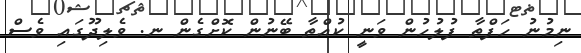
ނިމުނު ހަފްތާ ފުލުހުން ވަނީ ކުއްތާ ބޭނުން ކޮށްގެން ނ. ވެލިދޫގައި ވެސް